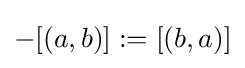
-[(a,b)]:=[(b,a)]